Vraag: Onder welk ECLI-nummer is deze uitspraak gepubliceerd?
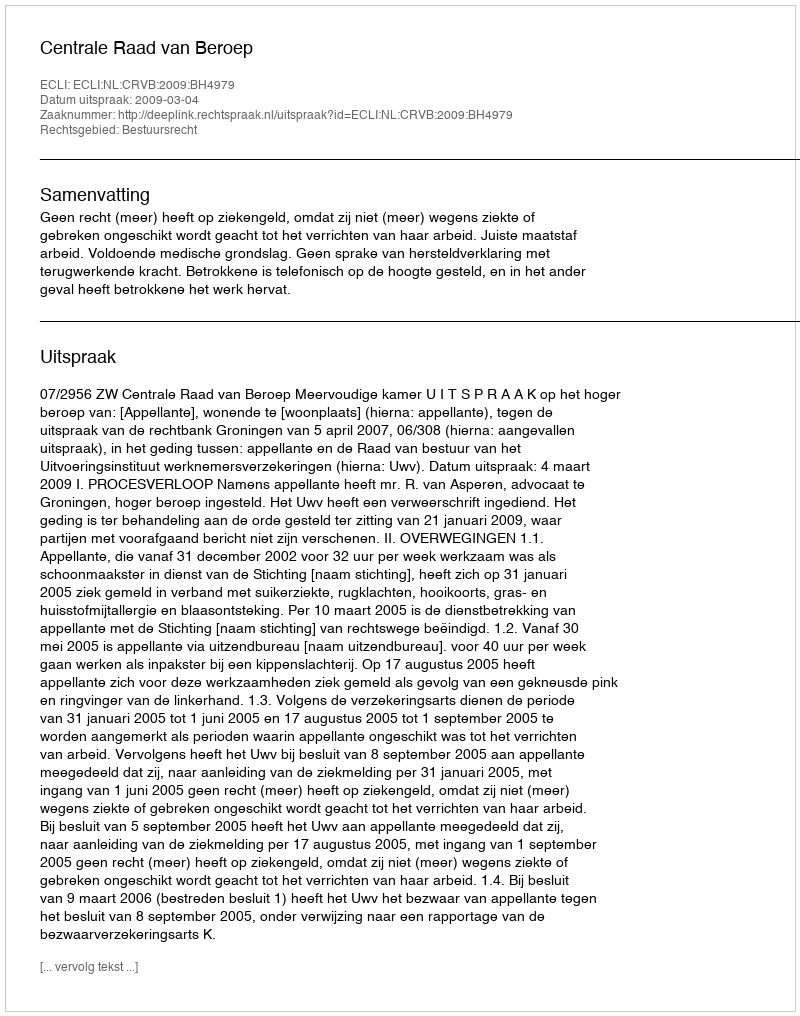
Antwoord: ECLI:NL:CRVB:2009:BH4979